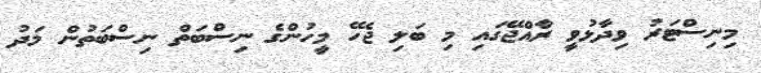
މިނިސްޓަރު ވިދާޅުވީ ރާއްޖޭގައި މި ބަލި ޖެހޭ މީހުންގެ ނިސްބަތް ނިސްބަތުން މަދު